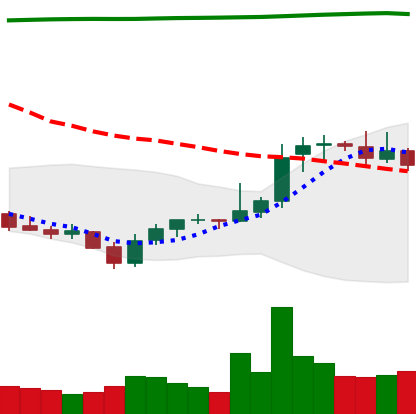
Ticker: XRP-USD
Chart end date: 2021-08-03
Forward return: 9.262%
Label: up_7plus